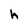
Character: h